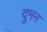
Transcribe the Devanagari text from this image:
दुमन